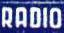
RADIO